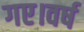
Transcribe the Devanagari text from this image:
गए।वर्ष